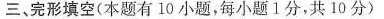
三、完形填空(本题有 10 小题,每小题1分,共 10 分)